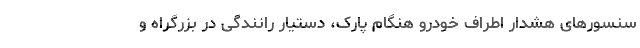
سنسورهای هشدار اطراف خودرو هنگام پارک، دستیار رانندگی در بزرگراه و